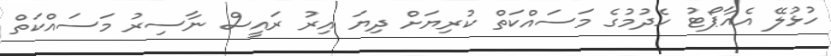
ހުޅުލޭ އެއާޕޯޓު ހެދުމުގެ މަސައްކަތް ކުރިޔަށް ދިޔަ އިރު ރައީސް ނާސިރު މަސައްކަތް